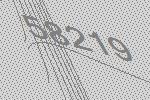
58219